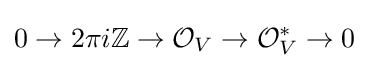
0\to 2\pi i\mathbb {Z} \to {\mathcal {O}}_{V}\to {\mathcal {O}}_{V}^{*}\to 0